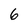
Character: 6